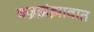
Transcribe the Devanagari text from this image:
वज्रझंझावात